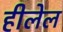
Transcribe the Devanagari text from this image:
हीलेल